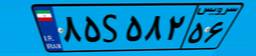
۸۵S۵۸۲۵۶